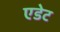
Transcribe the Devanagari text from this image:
एडेट